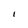
Character: I